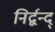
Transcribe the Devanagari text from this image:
निर्द्वन्द्